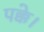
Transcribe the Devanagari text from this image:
पक्के।